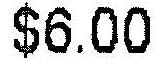
$6.00